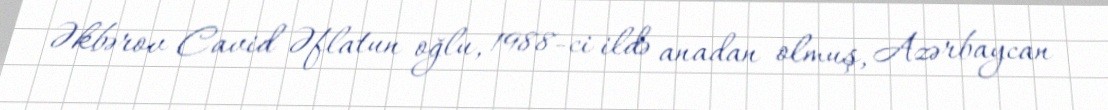
Əkbərov Cavid Əflatun oğlu, 1988-ci ildə anadan olmuş, Azərbaycan